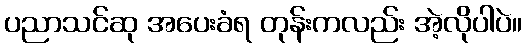
ပညာသင်ဆု အပေးခံရ တုန်းကလည်း အဲ့လိုပါပဲ။